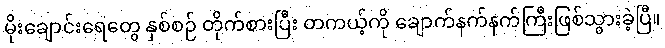
မိုးချောင်းရေတွေ နှစ်စဉ် တိုက်စားပြီး တကယ့်ကို ချောက်နက်နက်ကြီးဖြစ်သွားခဲ့ပြီ။